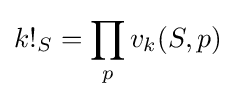
k!_{S}=\prod _{p}v_{k}(S,p)